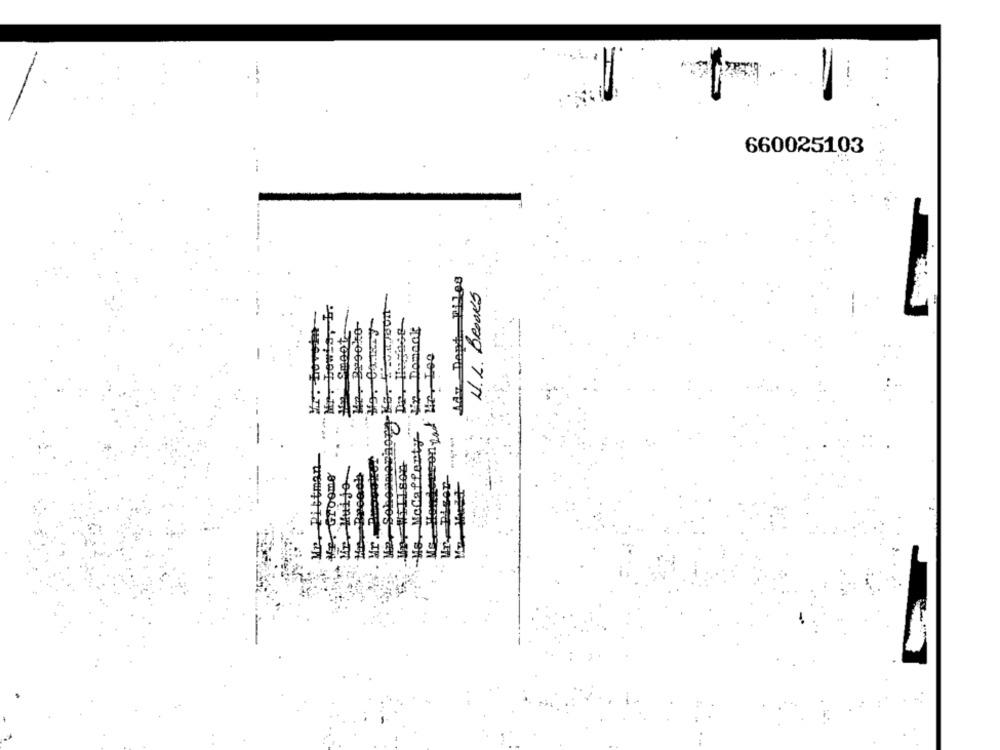
660025103
Ady Dand Piles
U.L. BROOKS
#x Domaok
Mo Hendersonyal Mr. Loo
10000, JF
-Mis MoCafferty
His Breach